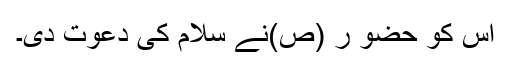
اس کو حضو ر (ص)نے سلام کی دعوت دی۔